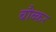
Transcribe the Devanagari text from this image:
बौब्कर